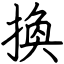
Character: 換